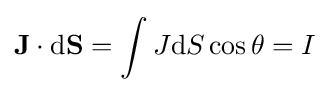
\mathbf {J} \cdot \mathrm {d} \mathbf {S} =\int J\mathrm {d} S\cos \theta =I